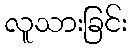
လူသားခြင်း